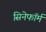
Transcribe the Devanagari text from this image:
सिनेफॉर्म